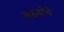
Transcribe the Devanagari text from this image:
आठवीचे